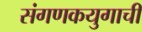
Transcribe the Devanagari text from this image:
संगणकयुगाची